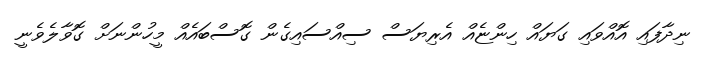
ނިދާފައި އޮއްވައި ގަޔައް ހިންޏެއް އެރިޔަސް ސިއްސައިގެން ގޮސްބައެއް މީހުންނަށް ގޮވާލެވެނީ